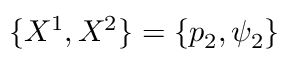
\{ X ^ { 1 } , X ^ { 2 } \} = \{ p _ { 2 } , \psi _ { 2 } \}